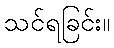
သင်ရခြင်း။